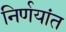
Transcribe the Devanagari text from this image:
निर्णयांत